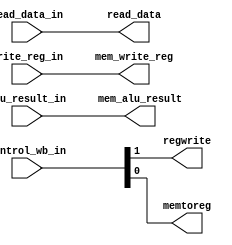
`timescale 1ns / 1ps


module mem_wb(
	input wire [1:0] control_wb_in,
	input wire [31:0] read_data_in, alu_result_in,
	input wire [4:0] write_reg_in,
	output reg regwrite, memtoreg,
	output reg [31:0] read_data, mem_alu_result,
	output reg [4:0] mem_write_reg
   );

	initial begin
		regwrite <= 0;
		memtoreg <= 0;
		read_data <= 0;
		mem_alu_result <= 0;
		mem_write_reg <= 0;

	end
	always@* begin //replace * with (posedge clk)
	#1
		regwrite <= control_wb_in[1]; 
		memtoreg <= control_wb_in[0];
		read_data <= read_data_in;
		mem_alu_result <= alu_result_in;
		mem_write_reg <= write_reg_in;
	end
endmodule